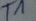
Text: T1